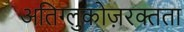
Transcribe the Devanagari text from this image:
अतिग्लुकोज़रक्तता